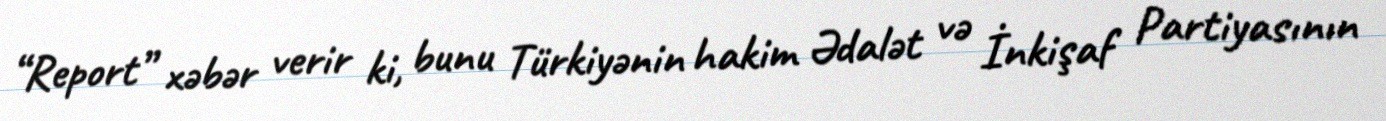
“Report” xəbər verir ki, bunu Türkiyənin hakim Ədalət və İnkişaf Partiyasının